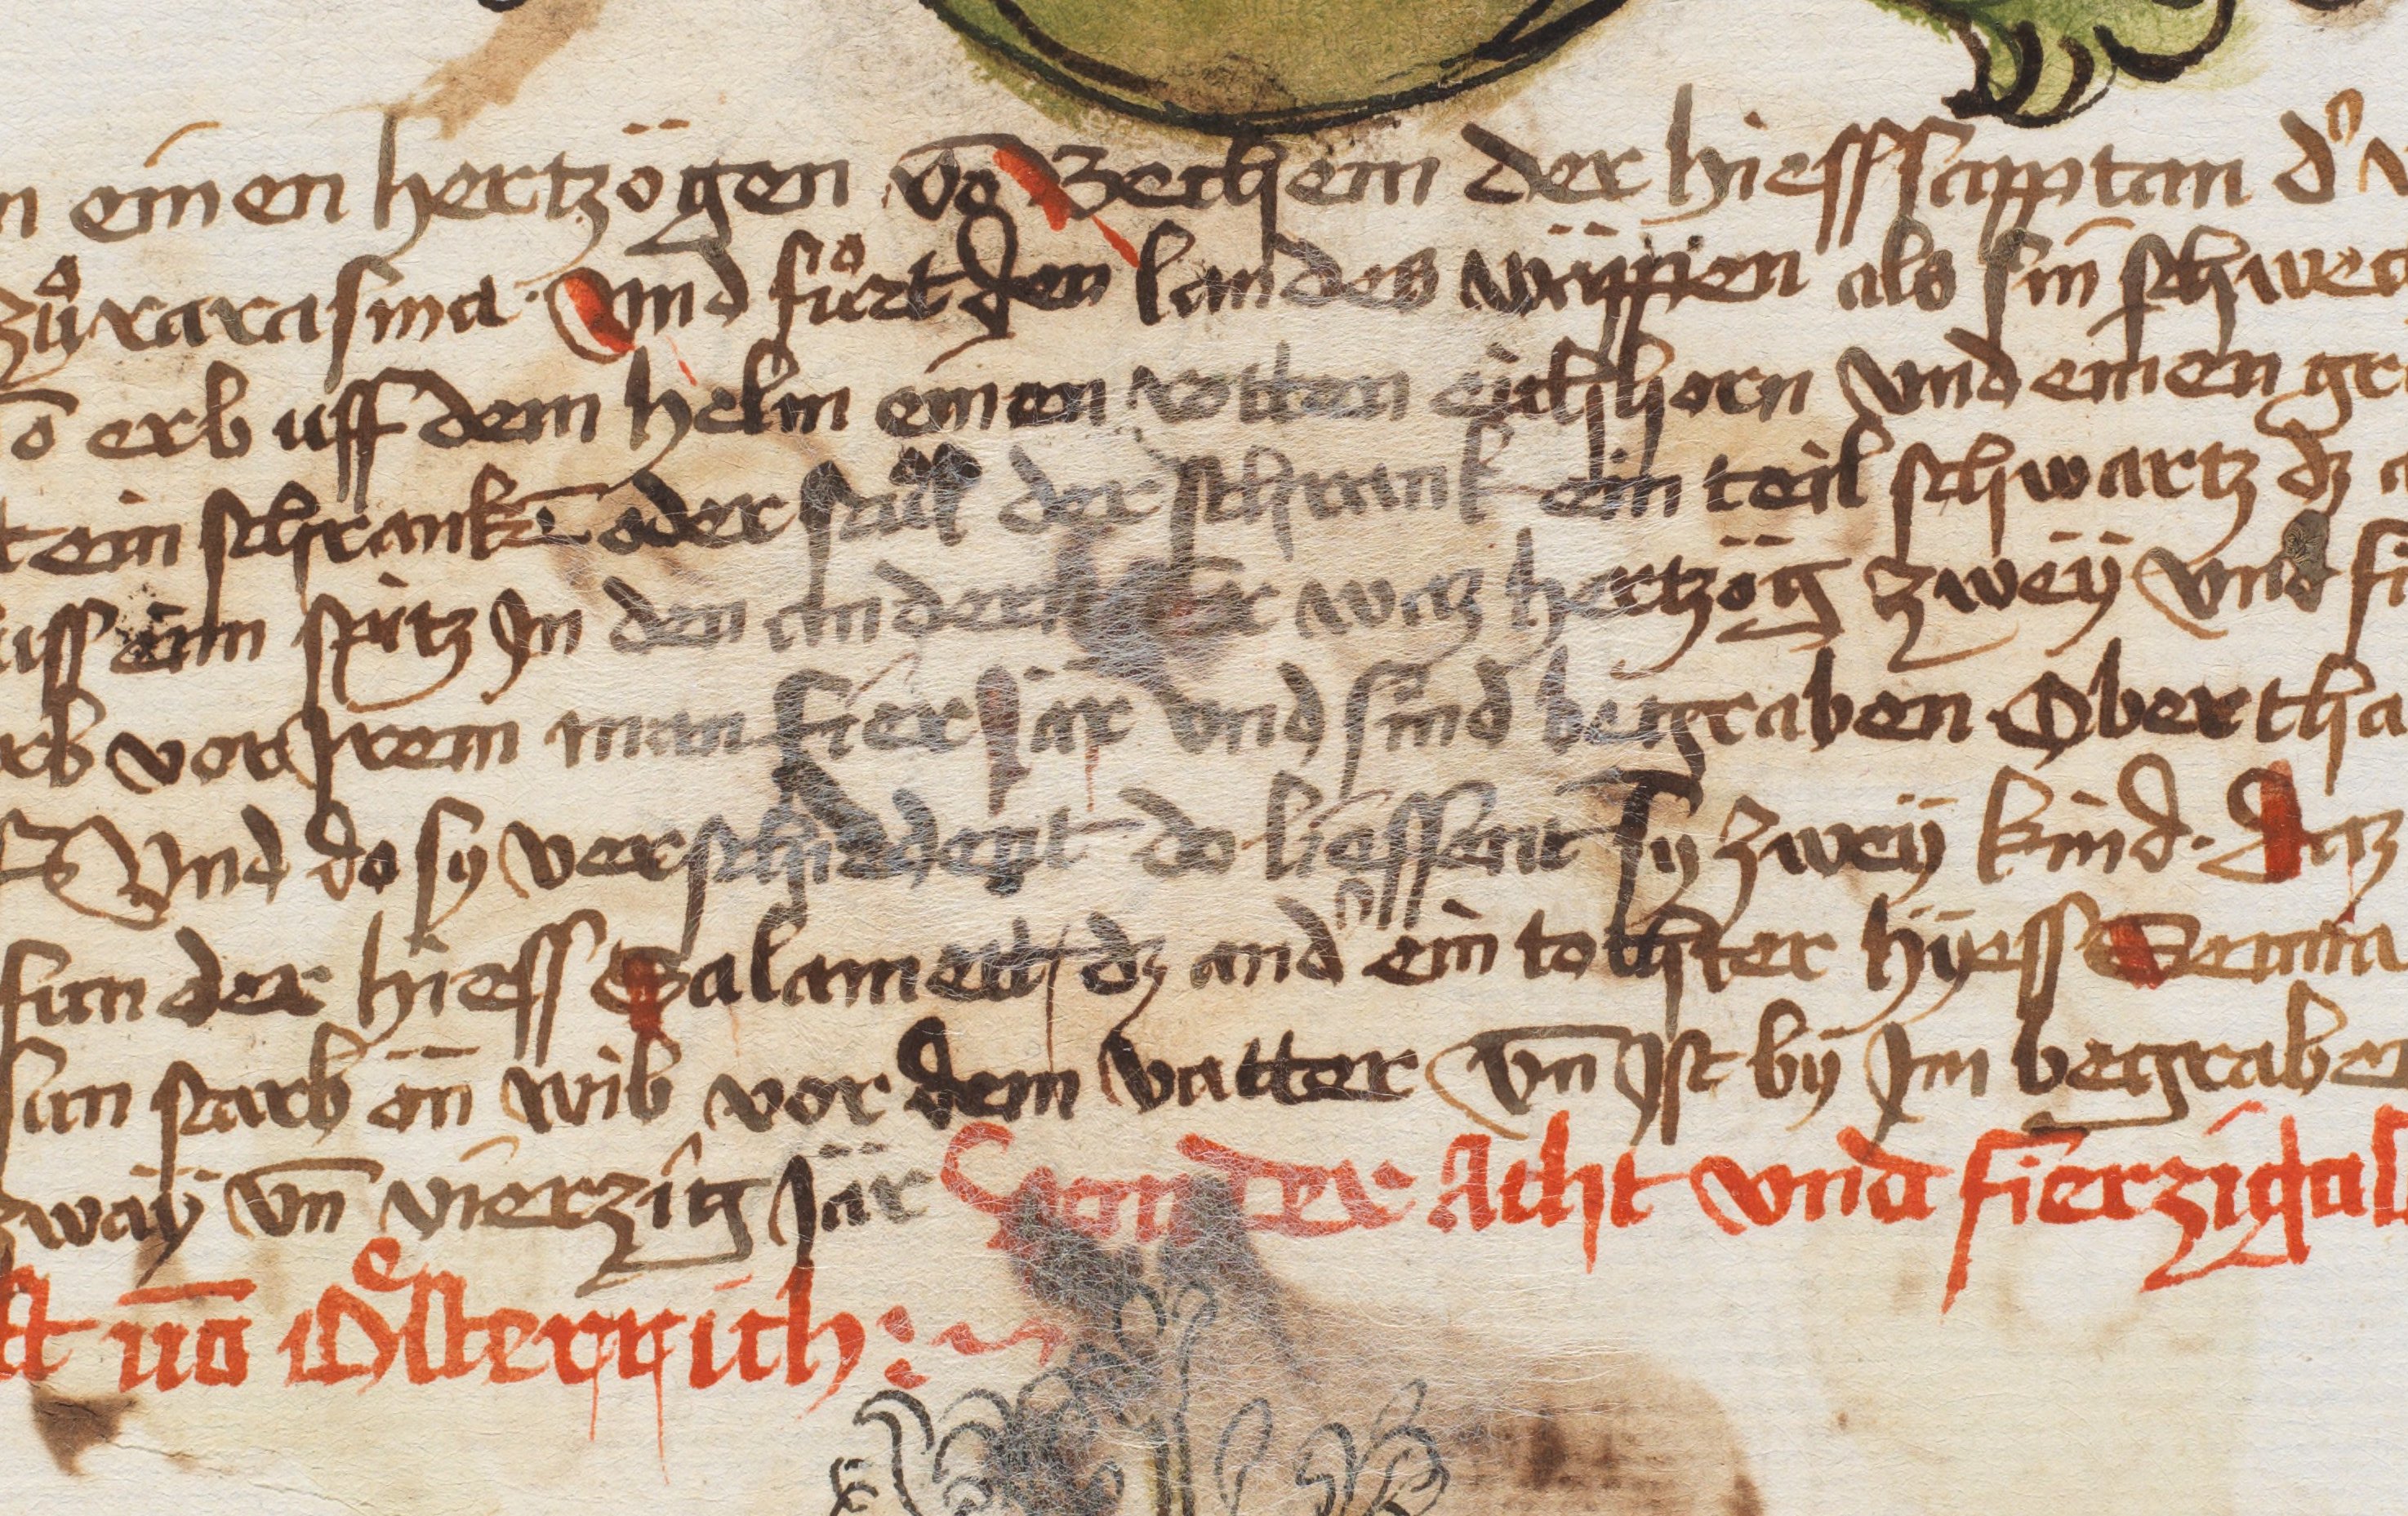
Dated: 1479–1480